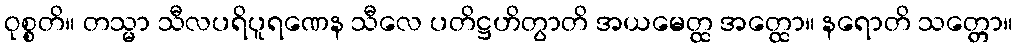
ဝုစ္စတိ။ တသ္မာ သီလပရိပူရဏေန သီလေ ပတိဋ္ဌဟိတွာတိ အယမေတ္ထ အတ္ထော။ နရောတိ သတ္တော။